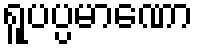
ရူပပ္ပမာဏော